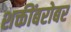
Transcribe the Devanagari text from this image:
शक्तींबरोबर